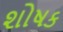
શોષક